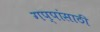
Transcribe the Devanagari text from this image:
गप्पांसाठी